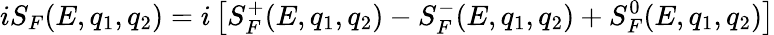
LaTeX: iS_{F}(E,q_{1},q_{2})=i\left[S_{F}^{+}(E,q_{1},q_{2})-S_{F}^{-}(E,q_{1},q_{2})+S_{F}^{0}(E,q_{1},q_{2})\right]